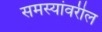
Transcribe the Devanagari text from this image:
समस्यांवरील